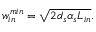
w _ { i n } ^ { m i n } = \sqrt { 2 d _ { s } \alpha _ { s } L _ { i n } } .